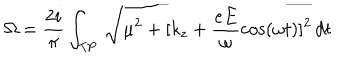
\Omega = \frac { 2 i } { \pi } \int _ { \mathrm { T P } } \, \sqrt { \mu ^ { 2 } + [ k _ { z } + \frac { e E } { \omega } \cos ( \omega t ) ] ^ { 2 } } \, d t